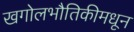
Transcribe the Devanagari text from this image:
खगोलभौतिकीमधून